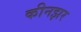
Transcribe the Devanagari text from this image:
कीनझर